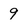
Character: 9